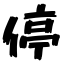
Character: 停